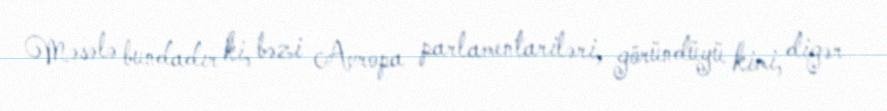
Məsələ bundadır ki, bəzi Avropa parlamentariləri, göründüyü kimi, digər